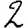
Digit: 2